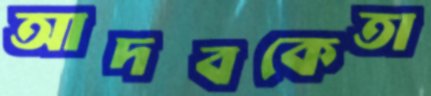
আদবকেতা